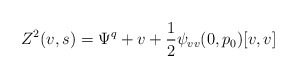
\begin{align*}Z^2(v,s) = \Psi^q + v + \frac 12 \psi_{vv}(0,p_0)[v,v]\end{align*}